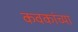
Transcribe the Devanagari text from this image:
कवकांच्या